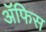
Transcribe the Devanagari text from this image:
ॲफिस